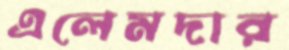
এলেমদার